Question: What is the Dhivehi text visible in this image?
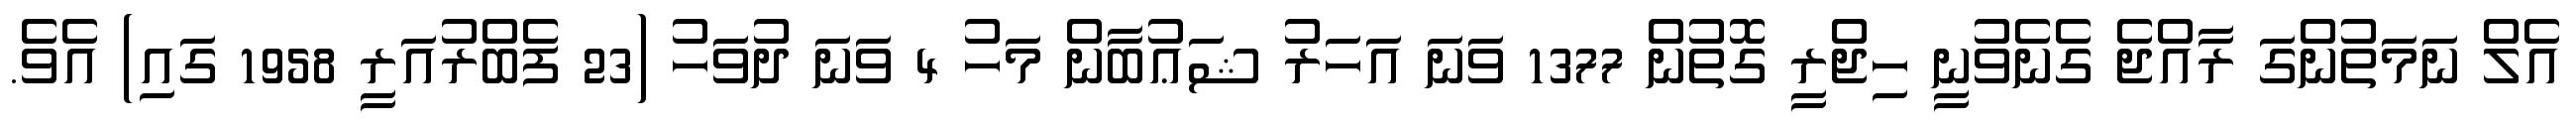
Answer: އެލް ނަމަތުންގަ ރާއްޖެ ގެނެވުނީ ހިޖްރީ ގޮތުން 1377 ވަނަ އަހަރު ޝަޢުބާން މަހު 4 ވަނަ ދުވަހު (23 ފެބްރުއަރީ 1958 ގައި) އެވެ.